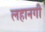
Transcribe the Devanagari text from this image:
लहानगी